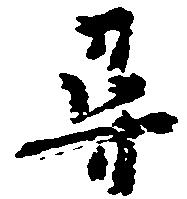
尋